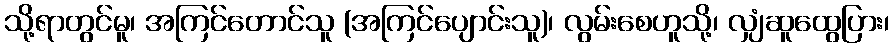
သို့ရာတွင်မူ၊ အကြင်တောင်သူ (အကြင်ပျောင်းသူ)၊ လွမ်းစေဟူသို့၊ လျှံဆူထွေပြား၊